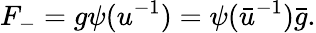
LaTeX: F_{-}=g\psi(u^{-1})=\psi(\bar{u}^{-1})\bar{g}.